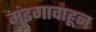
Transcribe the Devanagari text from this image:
मुंडगावाहून